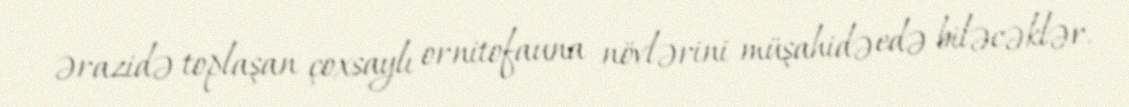
ərazidə toplaşan çoxsaylı ornitofauna növlərini müşahidə edə biləcəklər.